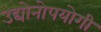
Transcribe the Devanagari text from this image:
उद्योनोपयोगी